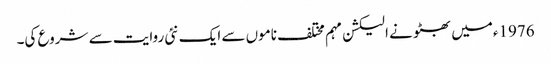
1976ءمیں بھٹو نے الیکشن مہم مختلف ناموں سے ایک نئی روایت سے شروع کی۔